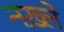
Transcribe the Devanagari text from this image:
नख़्ले